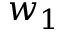
w _ { 1 }